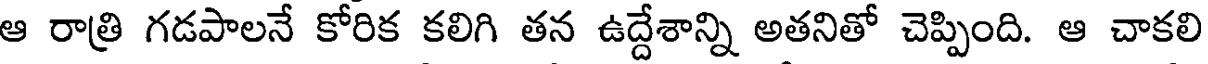
ఆ రాత్రి గడపాలనే కోరిక కలిగి తన ఉద్దేశాన్ని అతనితో చెప్పింది. ఆ చాకలి